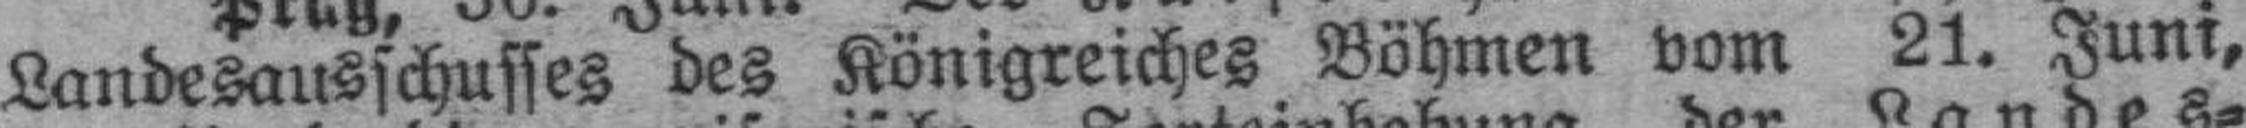
Landesausschusses des Königreiches Böhmen vom 21. Juni,